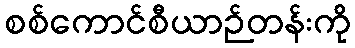
စစ်ကောင်စီယာဉ်တန်းကို